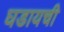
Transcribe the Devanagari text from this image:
घडायची